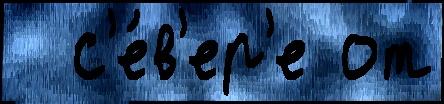
  с'е́в'ер'е от